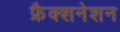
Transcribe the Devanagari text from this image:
फ्रैक्शनेशन